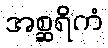
အစ္ဆရိကံ